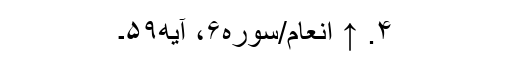
۴. ↑ انعام/سوره۶، آیه۵۹۔